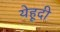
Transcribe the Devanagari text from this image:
येहूदी